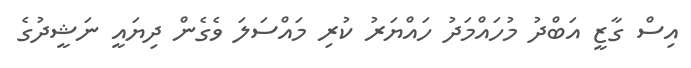
އިސް ގާޒީ އަބްދު މުހައްމަދު ހައްޔަރު ކުރި މައްސަލަ ވެގެން ދިޔައީ ނަޝީދުގެ